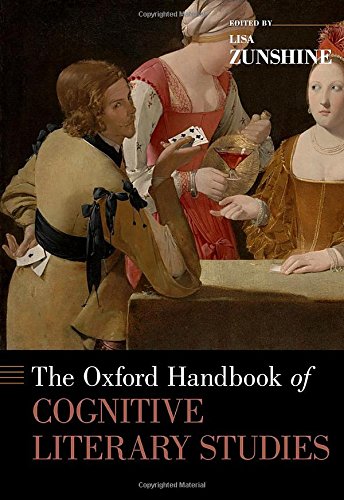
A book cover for The Oxford Handbook of Cognitive Literary Studies (Oxford Handbooks); Gay & Lesbian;